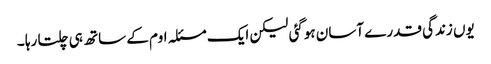
یوں زندگی قدرے آسان ہوگئی لیکن ایک مسئلہ اوم کے ساتھ ہی چلتا رہا ۔